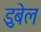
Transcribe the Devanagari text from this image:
डुबेल